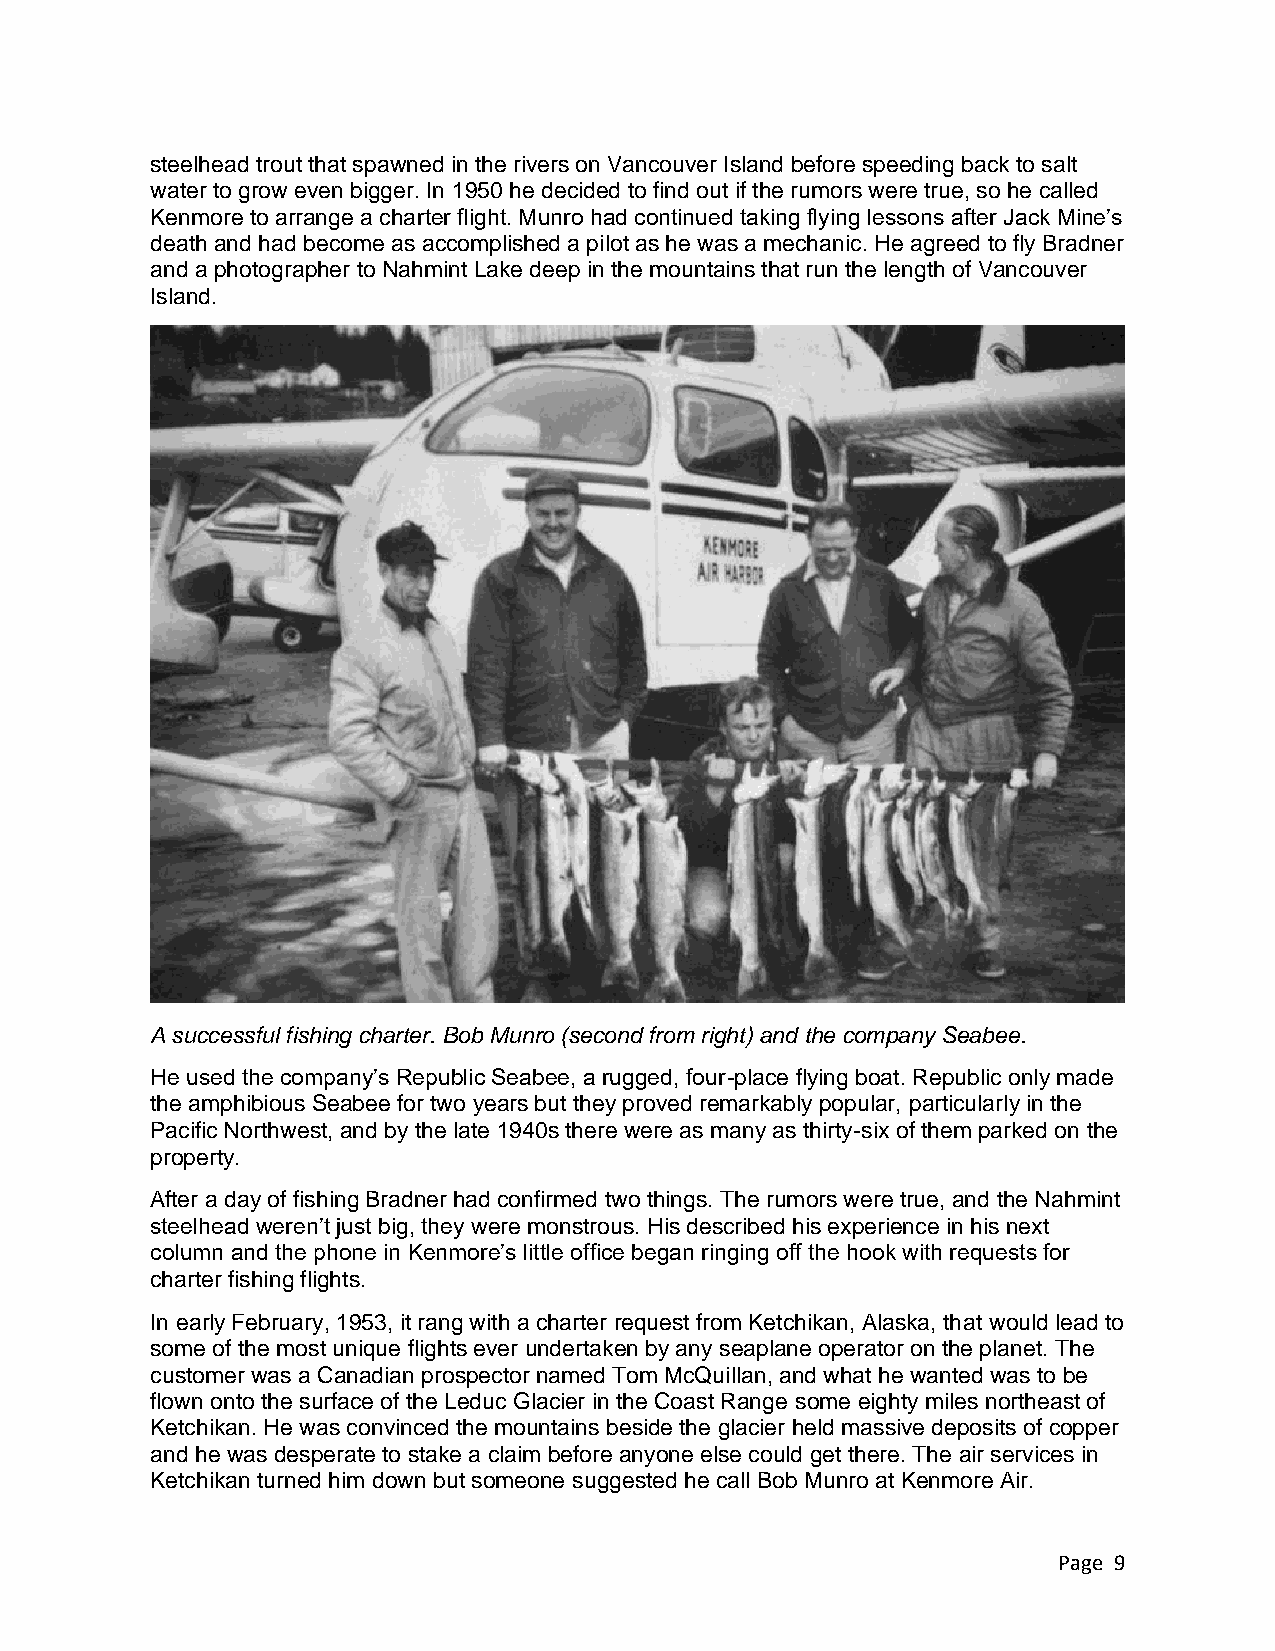
steelhead trout that spawned in the rivers on Vancouver Island before speeding back to salt
 water to grow even bigger. In 1950 he decided to find out if the rumors were true, so he called
 Kenmore to arrange a charter flight. Munro had continued taking flying lessons after Jack Mine’s
 death and had become as accomplished a pilot as he was a mechanic. He agreed to fly Bradner
 and a photographer to Nahmint Lake deep in the mountains that run the length of Vancouver
 Island.
 A successful fishing charter. Bob Munro (second from right) and the company Seabee.
 He used the company’s Republic Seabee, a rugged, four-place flying boat. Republic only made
 the amphibious Seabee for two years but they proved remarkably popular, particularly in the
 Pacific Northwest, and by the late 1940s there were as many as thirty-six of them parked on the
 property.
 After a day of fishing Bradner had confirmed two things. The rumors were true, and the Nahmint
 steelhead weren’t just big, they were monstrous. His described his experience in his next
 column and the phone in Kenmore’s little office began ringing off the hook with requests for
 charter fishing flights.
 In early February, 1953, it rang with a charter request from Ketchikan, Alaska, that would lead to
 some of the most unique flights ever undertaken by any seaplane operator on the planet. The
 customer was a Canadian prospector named Tom McQuillan, and what he wanted was to be
 flown onto the surface of the Leduc Glacier in the Coast Range some eighty miles northeast of
 Ketchikan. He was convinced the mountains beside the glacier held massive deposits of copper
 and he was desperate to stake a claim before anyone else could get there. The air services in
 Ketchikan turned him down but someone suggested he call Bob Munro at Kenmore Air.
 Page 9